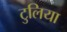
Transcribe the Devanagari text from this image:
टुलिया